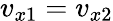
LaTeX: v_{x1}=v_{x2}